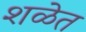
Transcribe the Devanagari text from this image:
शळेत